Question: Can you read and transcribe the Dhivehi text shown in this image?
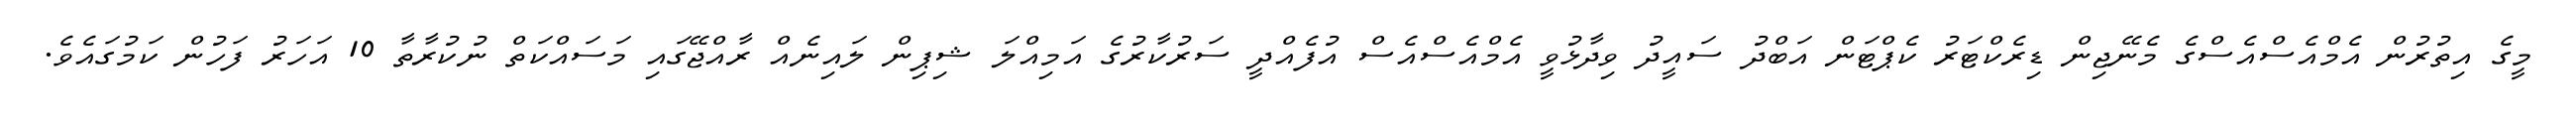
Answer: މީގެ އިތުރުން އެމްއެސްއެސްގެ މެނޭޖިން ޑިރެކްޓަރު ކެޕްޓަން އަބްދު ސައީދު ވިދާޅުވީ އެމްއެސްއެސް އުފެއްދީ ސަރުކާރުގެ އަމިއްލަ ޝިޕިން ލައިނެއް ރާއްޖޭގައި މަސައްކަތް ނުކުރާތާ 10 އަހަރު ފަހުން ކަމުގައެވެ.